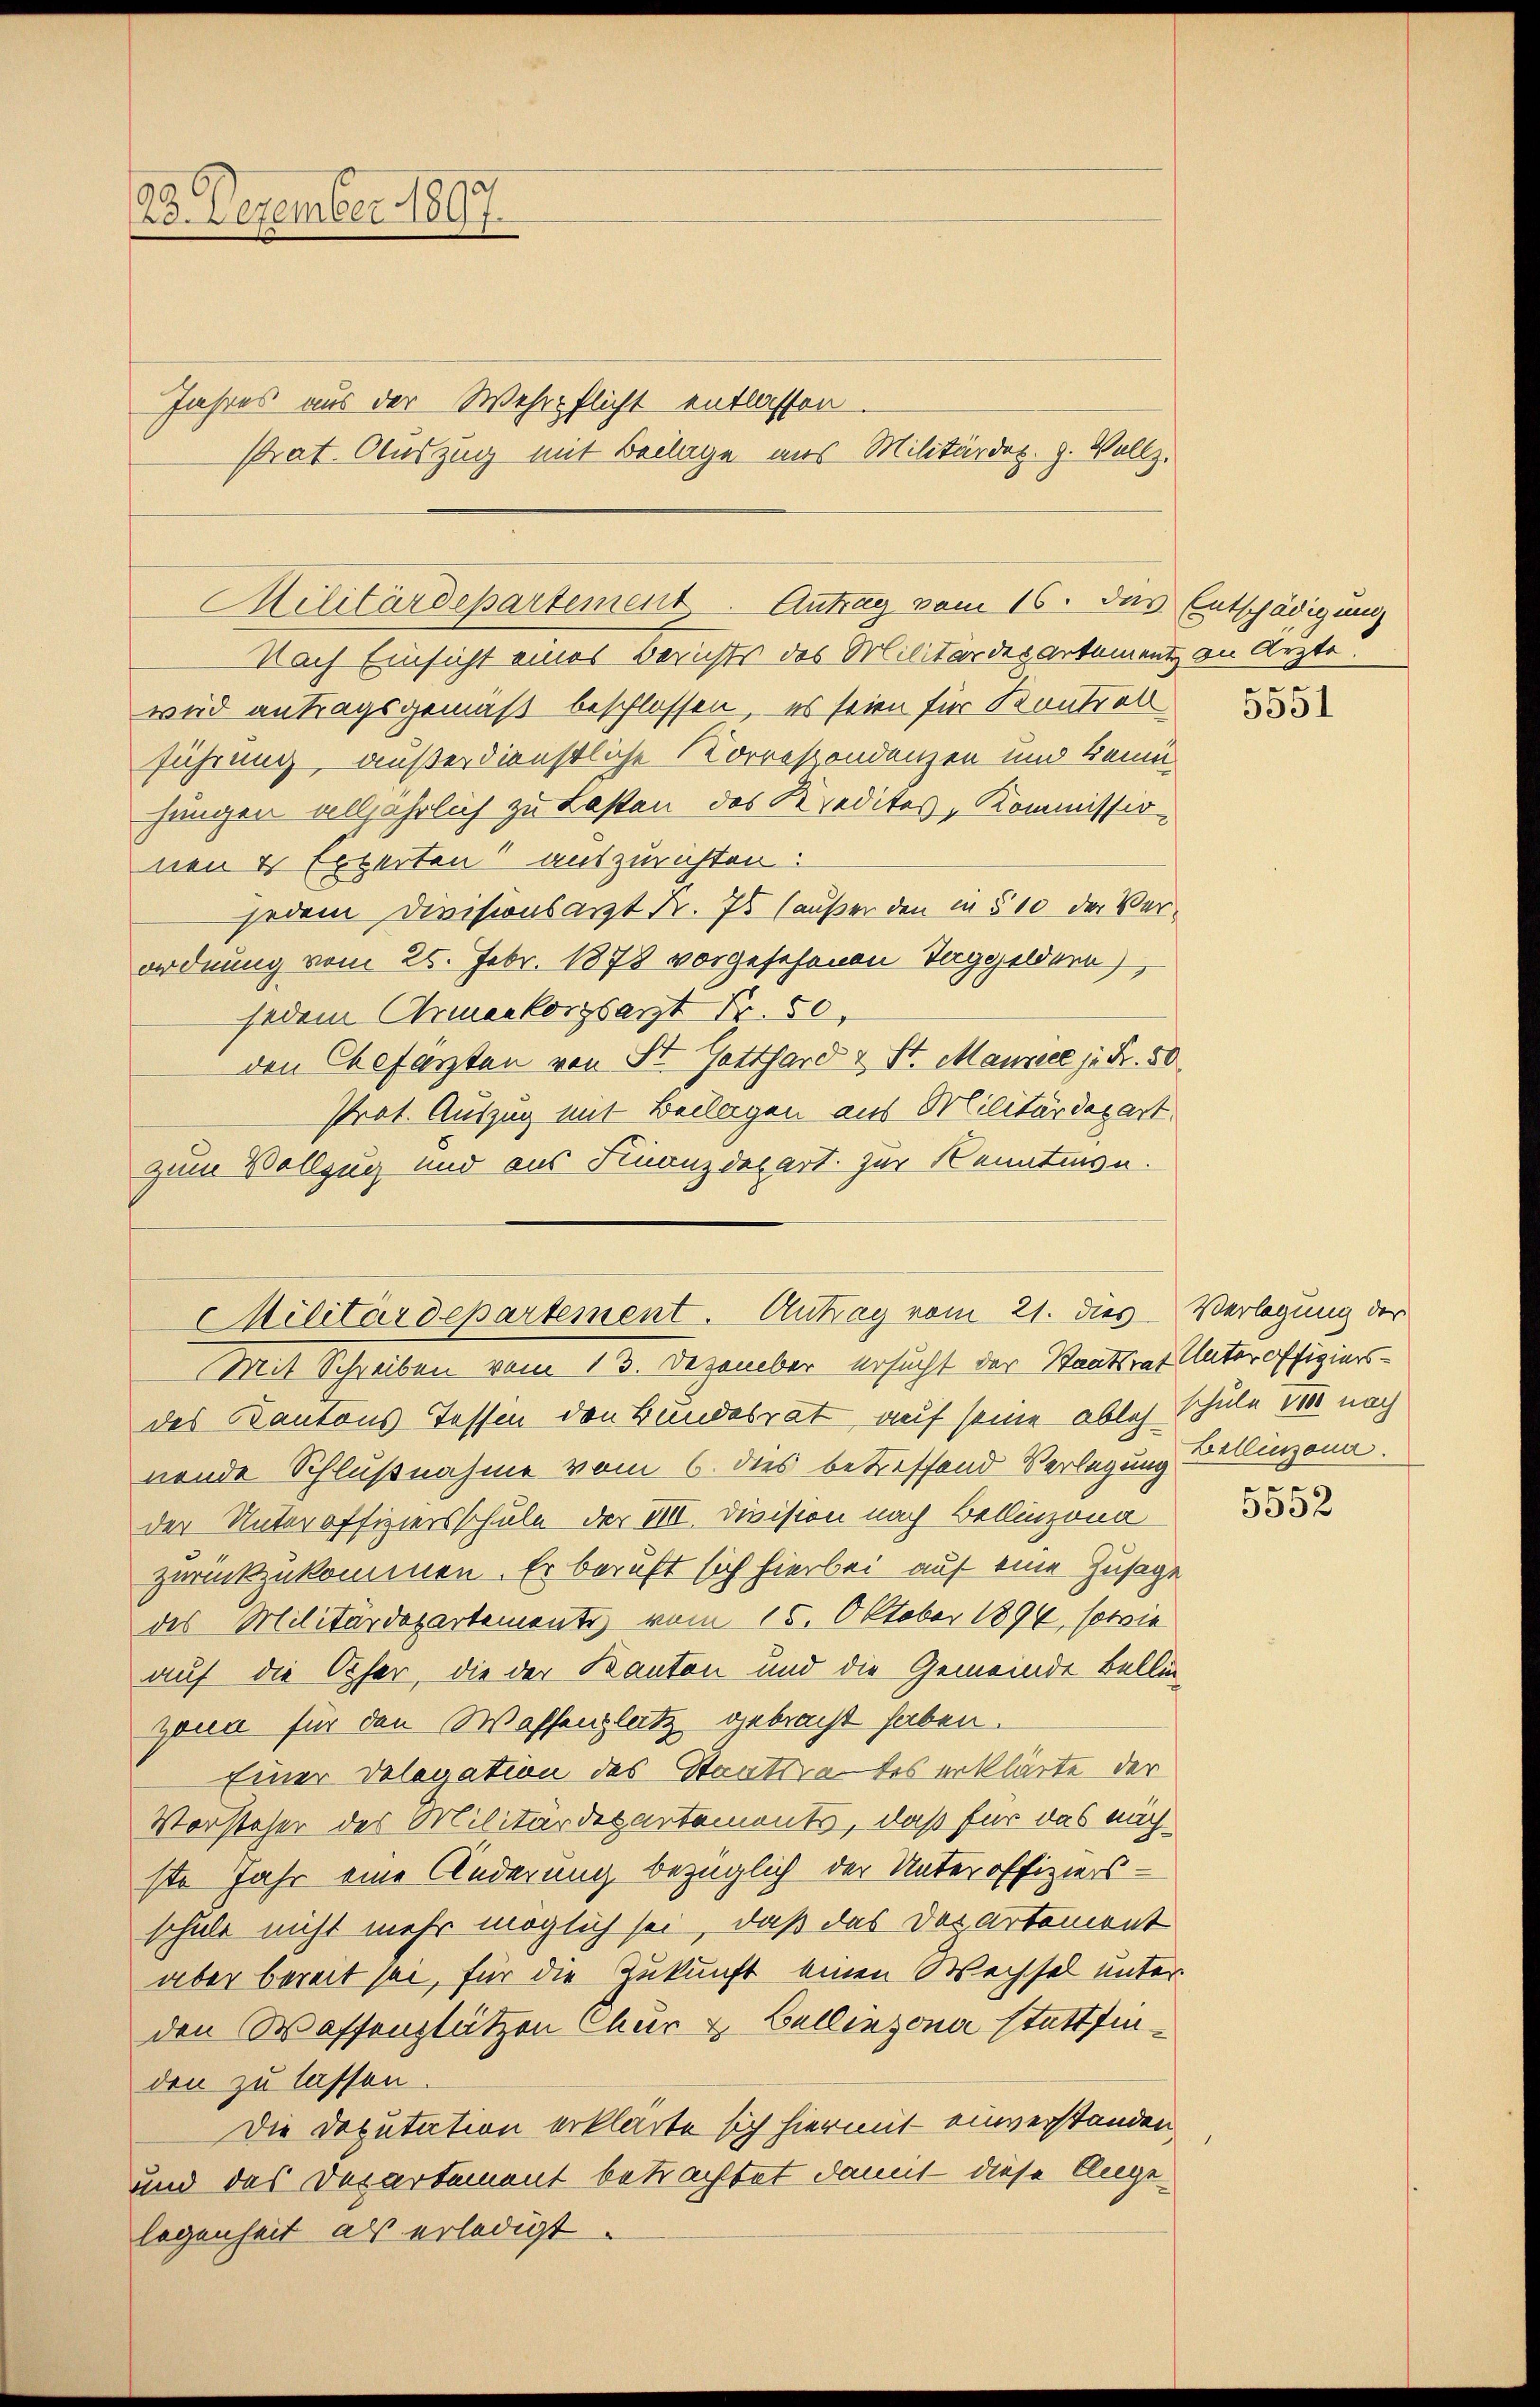
28. Dezember 1897.

Jahres aus der Wehrpflicht entlassen.

Prat. Auszug mit Beilage aus Militärdet. H. Vollz.

Nach Einsicht eines Berichts des Militärdepartement an Ärzte.
wird antragsgemäß beschlossen, es seien für Kontrob
führung außerdienstliche Korrespondenzen und keine
jungen alljährlich zu Lasten des Kredites-Kommissionen 4 Experten auszurichten:
jedem Divisionsarzt Fr. 75 Haußer den in § 10 der Verordnung vom 25. Febr. 1878 vorgesehenen Taggeldern
jedem Armenkorgsarzt § 50
den Chefarzten von St. Gotthard & St. Manneck je Fr. 50
Prot. Auszug mit Beilagen aus Militärdepart.
zum Vollzug und aus Finanzdepart. Zur Kennten.

Militärdepartement. Antrag vom 16. Das Entschädigung

Militärdepartement. Antrag vom 21. dies Verlegung der

Mit Schreiben vom 13. Dezember ersucht der Staatsrat Unter offigiersdes Kantons Tessin den Bundesrat, auf seine ablehnende Schlußnahme vom 6. dies betreffend Verlegung Bellinzona.
der Unteroffiziersschule der VIII. Division nach Bellinzona
zurückzukommen. Er beruft sich hierbei auf eine Zusage
des Militärdepartemente vom 15. Oktober 1894, sowie
auf die Oher, die der Kanton und die Gemeinde Bellinzonn für den Waffenplatz gebracht haben.
Einer Delegation des Staatsrates erklärte der
Vorsteher des Militärdepartements, daß für das nächste Jahr eine Änderung bezüglich der Unteroffiziersschule nicht mehr möglich sei, daß das das artement
aber bereit sei, für die Zukunft einen Wechsel unter
den Wassenplätzen Chur & Bellinzona stattfinden zu lassen.
Die Deputation erklärte sich hiermit einverstanden,
und das Departement betrachtet damit diese Angelegenheit als erledigt.

e

5031

schule 7000 nach
er

5552